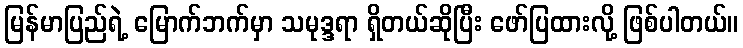
မြန်မာပြည်ရဲ့ မြောက်ဘက်မှာ သမုဒ္ဒရာ ရှိတယ်ဆိုပြီး ဖော်ပြထားလို့ ဖြစ်ပါတယ်။